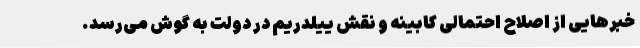
خبرهایی از اصلاح احتمالی کابینه و نقش ییلدریم در دولت به گوش می‌رسد.